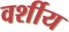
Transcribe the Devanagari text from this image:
वर्शीय